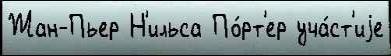
Жан-Пьер Н'ильса По́рт'ер уча́ст'иjе